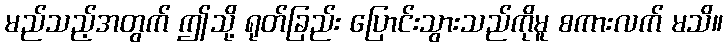
မည်သည့်အတွက် ဤသို့ ရုတ်ခြည်း ပြောင်းသွားသည်ကိုမူ စကားလက် မသိ။